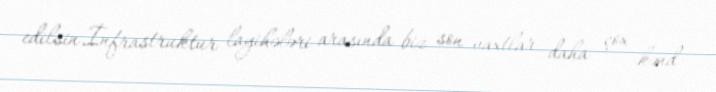
edilsin.İnfrastruktur layihələri arasında biz son vaxtlar daha çox kənd